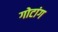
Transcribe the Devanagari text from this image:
गोटांग